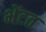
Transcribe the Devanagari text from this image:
भेंटत